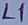
Text: L1